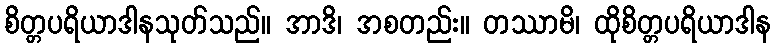
စိတ္တပရိယာဒါနသုတ်သည်။ အာဒိ၊ အစတည်း။ တဿာမိ၊ ထိုစိတ္တပရိယာဒါန